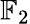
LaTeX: \mathbb{F}_{2}